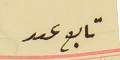
تابع عدد